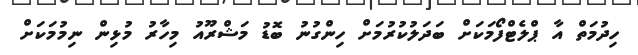
ހިދުމަތް އާ ޕްލެޓްފޯމަކަށް ބަދަލުކުރުމަށް ހިންގުނު ބޮޑު މަޝްރޫއު މިހާރު މުޅިން ނިމުމަކަށް